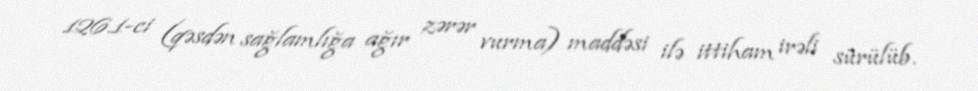
126.1-ci (qəsdən sağlamlığa ağır zərər vurma) maddəsi ilə ittiham irəli sürülüb.